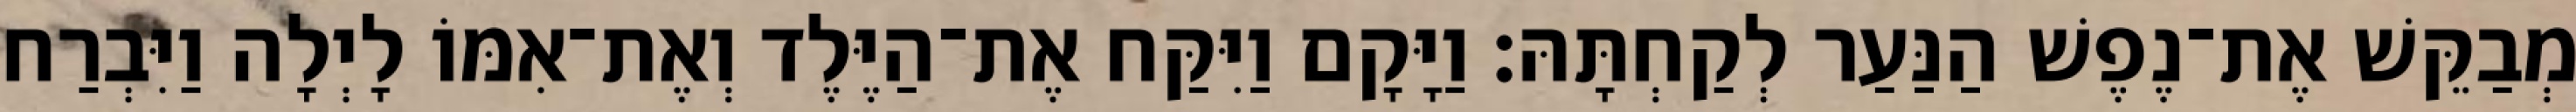
מְבַקֵּשׁ אֶת־נֶפֶשׁ הַנַּעַר לְקַחְתָּהּ׃ וַיָּקָם וַיִּקַּח אֶת־הַיֶּלֶד וְאֶת־אִמּוֹ לָיְלָה וַיִּבְרַח